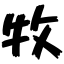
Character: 牧